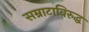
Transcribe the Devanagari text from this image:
सम्राटाविरुद्ध